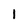
Character: I